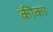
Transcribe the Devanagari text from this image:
कीका